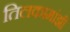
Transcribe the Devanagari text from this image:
तिलकामांझी